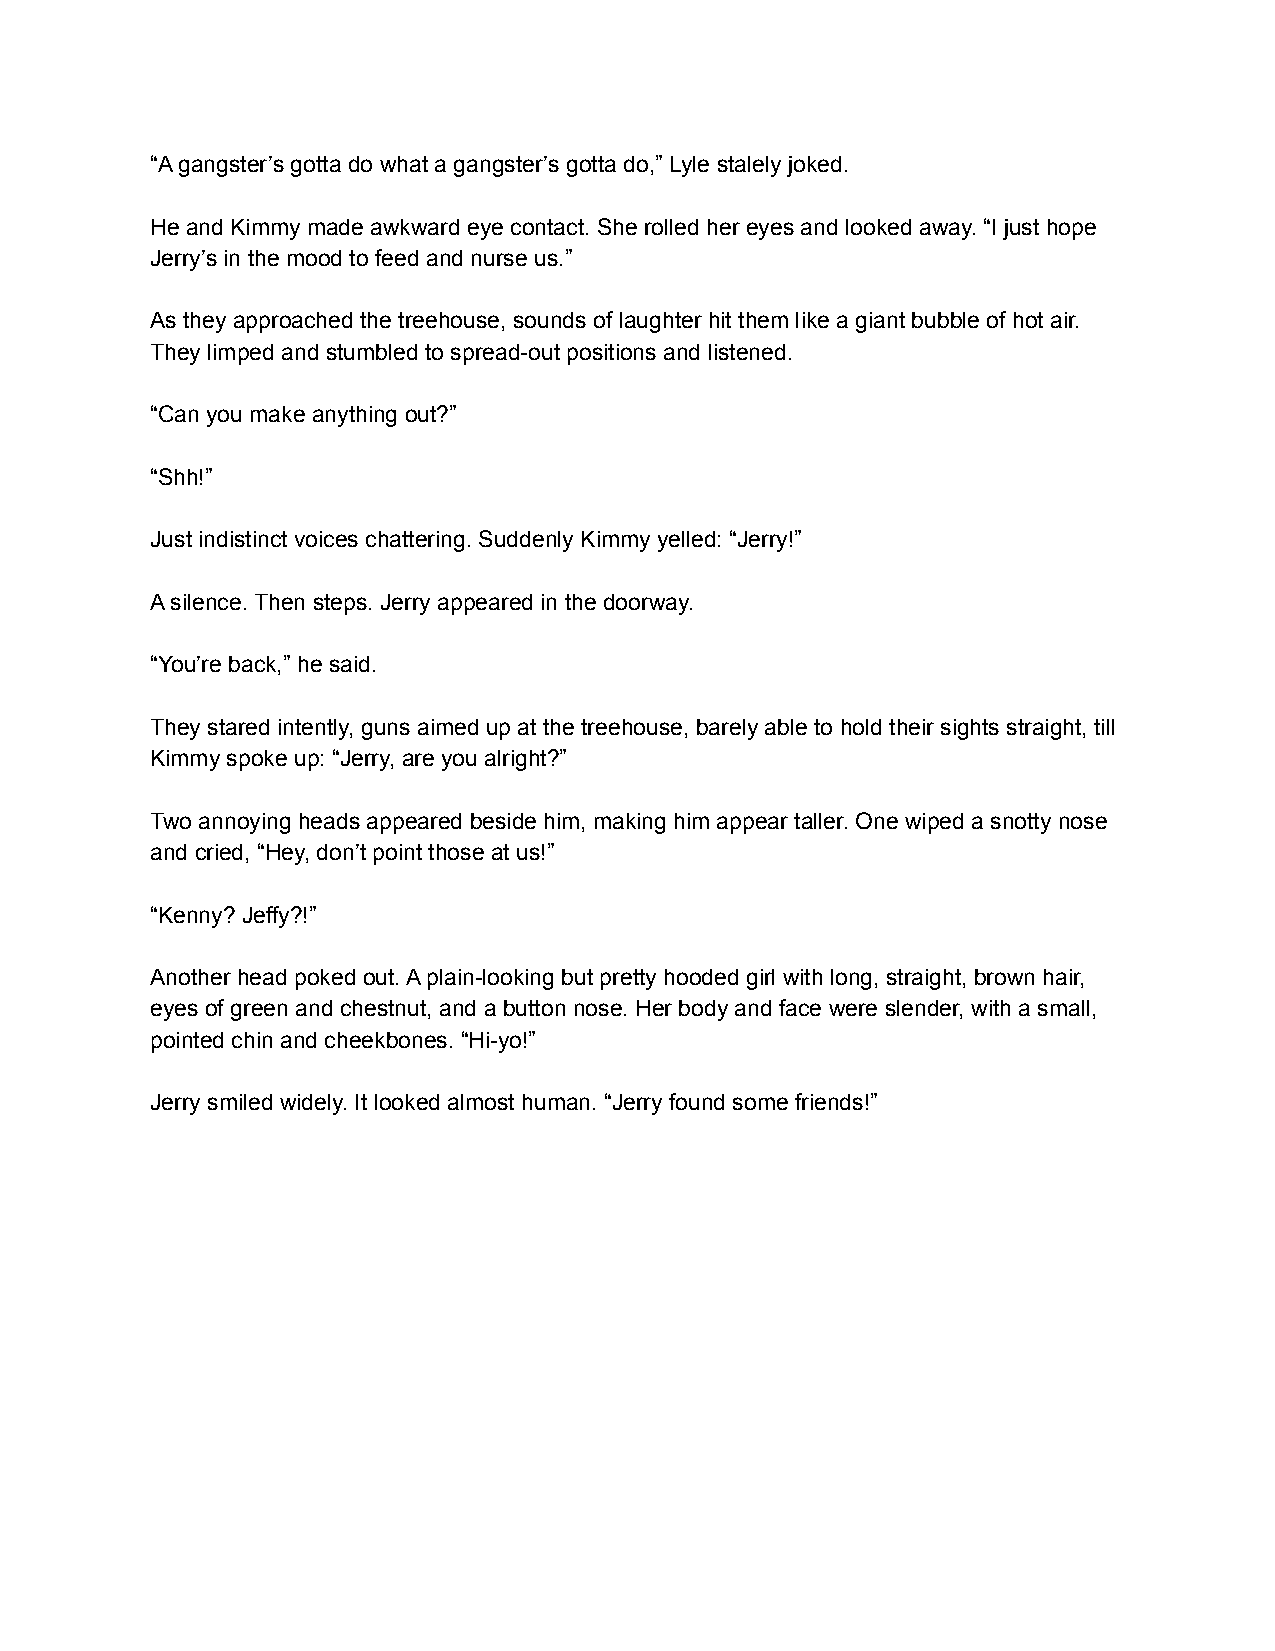
“A gangster’s gotta do what a gangster’s gotta do,” Lyle stalely joked.
 He and Kimmy made awkward eye contact. She rolled her eyes and looked away. “I just hope
 Jerry’s in the mood to feed and nurse us.”
 As they approached the treehouse, sounds of laughter hit them like a giant bubble of hot air.
 They limped and stumbled to spread-out positions and listened.
 “Can you make anything out?”
 “Shh!”
 Just indistinct voices chattering. Suddenly Kimmy yelled: “Jerry!”
 A silence. Then steps. Jerry appeared in the doorway.
 “You’re back,” he said.
 They stared intently, guns aimed up at the treehouse, barely able to hold their sights straight, till
 Kimmy spoke up: “Jerry, are you alright?”
 Two annoying heads appeared beside him, making him appear taller. One wiped a snotty nose
 and cried, “Hey, don’t point those at us!”
 “Kenny? Jeffy?!”
 Another head poked out. A plain-looking but pretty hooded girl with long, straight, brown hair,
 eyes of green and chestnut, and a button nose. Her body and face were slender, with a small,
 pointed chin and cheekbones. “Hi-yo!”
 Jerry smiled widely. It looked almost human. “Jerry found some friends!”